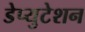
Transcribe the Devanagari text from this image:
डेप्युटेशन